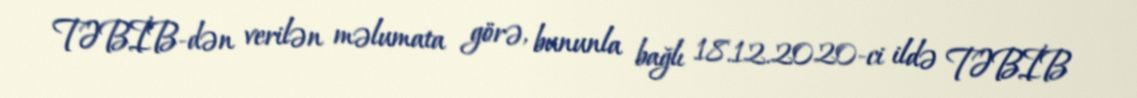
TƏBİB-dən verilən məlumata görə, bununla bağlı 18.12.2020-ci ildə TƏBİB